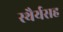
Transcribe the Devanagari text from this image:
स्थैर्यसह